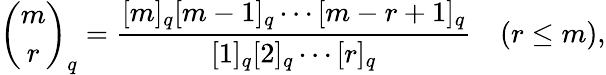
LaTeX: {\binom{m}{r}}_{q}={\frac{[m]_{q}[m-1]_{q}\cdots[m-r+1]_{q}}{[1]_{q}[2]_{q}\cdots[r]_{q}}}\quad(r\leq m),